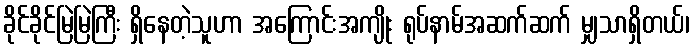
ခိုင်ခိုင်မြဲမြဲကြီး ရှိနေတဲ့သူဟာ အကြောင်းအကျိုး ရုပ်နာမ်အဆက်ဆက် မျှသာရှိတယ်၊